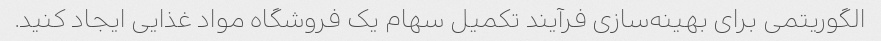
الگوریتمی برای بهینه‌سازی فرآیند تکمیل سهام یک فروشگاه مواد غذایی ایجاد کنید.